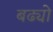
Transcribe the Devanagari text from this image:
बढ्यो